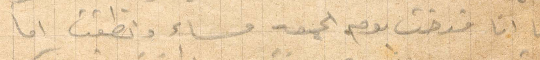
اما انا فدخت يوم الجمعة مساء ونطقت اما